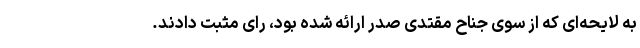
به لایحه‌ای که از سوی جناح مقتدی صدر ارائه شده بود، رای مثبت دادند.